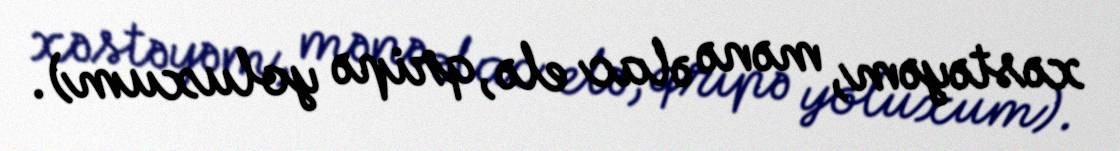
xəstəyəm, mənə əlac elə, qripə yoluxum).